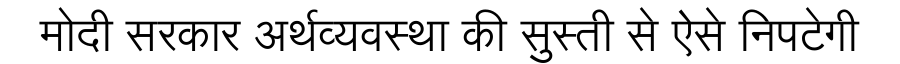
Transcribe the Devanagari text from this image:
मोदी सरकार अर्थव्यवस्था की सुस्ती से ऐसे निपटेगी